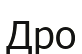
Дро